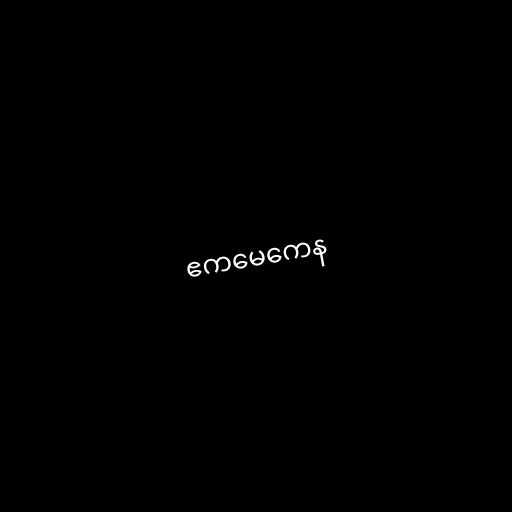
ဧကမေကေန